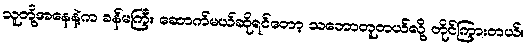
သူတို့အနေနဲ့က ခန်မကြီး ဆောက်မယ်ဆိုရင်တော့ သဘောတူတယ်လို့ တိုင်ကြားတယ်။